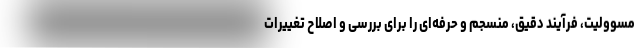
مسوولیت، فرآیند دقیق، منسجم و حرفه‌ای را برای بررسی و اصلاح تغییرات